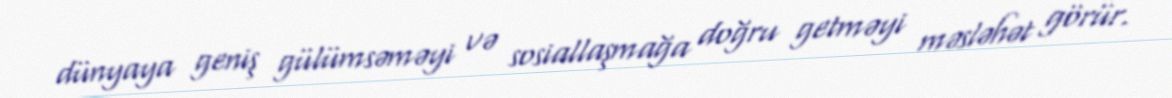
dünyaya geniş gülümsəməyi və sosiallaşmağa doğru getməyi məsləhət görür.